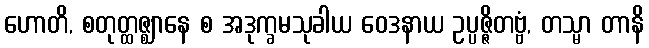
ဟောတိ, စတုတ္ထဇ္ဈာနေ စ အဒုက္ခမသုခါယ ဝေဒနာယ ဥပ္ပဇ္ဇိတဗ္ဗံ, တသ္မာ တာနိ